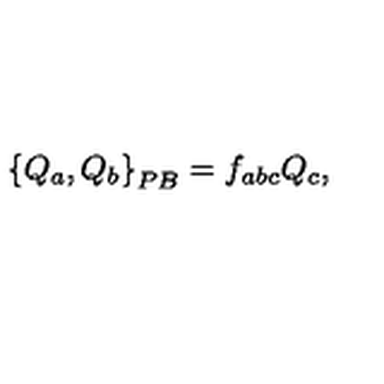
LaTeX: \left\{ Q _ { a } , Q _ { b } \right\} _ { { \footnotesize P B } } = f _ { a b c } Q _ { c } ,